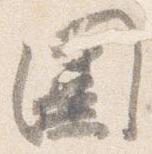
囲